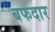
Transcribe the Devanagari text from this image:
बफदार